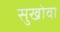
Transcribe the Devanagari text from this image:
सुखोवा